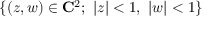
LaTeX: \{ ( z , w ) \in \mathbf { C } ^ { 2 } ; ~ | z | < 1 , ~ | w | < 1 \}